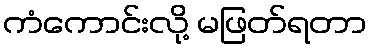
ကံကောင်းလို့ မဖြတ်ရတာ